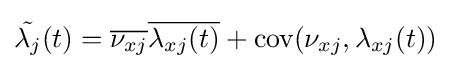
{\tilde {\lambda _{j}}}(t)={\overline {\nu _{xj}}}{\overline {\lambda _{xj}(t)}}+{\mbox{cov}}(\nu _{xj},\lambda _{xj}(t))